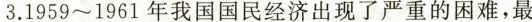
3.1959~1961年我国国民经济出现了严重的困难，最